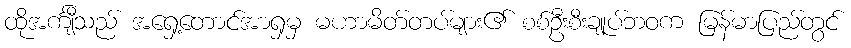
ထိုအင်္ကျီသည် အရှေ့တောင်အာရှမှ မဟာမိတ်တပ်များ၏ စစ်ဦးစီးချုပ်ဘဝက မြန်မာပြည်တွင်